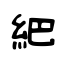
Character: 紦